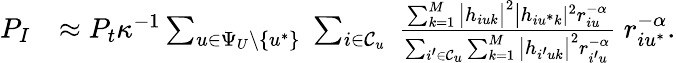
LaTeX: \begin{array}{rl}{P_{I}}&{\approx P_{t}\kappa^{-1}\sum_{u\in\Psi_{U}\backslash\{ u^{*}\} }\; \sum_{i\in\mathcal{C}_{u}}\; \frac{\sum_{k=1}^{M}\big|h_{iuk}\big|^{2}\big|h_{iu^{*}k}|^{2}r_{iu}^{-\alpha}}{\sum_{i^{\prime}\in\mathcal{C}_{u}}\sum_{k=1}^{M}\big|h_{i^{\prime}uk}\big|^{2}r_{i^{\prime}u}^{-\alpha}}\; r_{iu^{*}}^{-\alpha}.}\end{array}